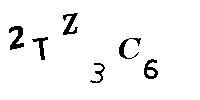
2TZ3C6